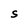
Character: S